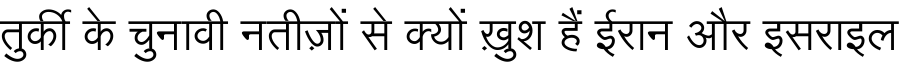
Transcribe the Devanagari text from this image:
तुर्की के चुनावी नतीज़ों से क्यों ख़ुश हैं ईरान और इसराइल